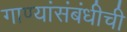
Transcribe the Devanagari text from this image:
गाण्यांसंबंधीची